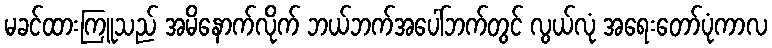
မခင်ထားကြူသည် အမိနောက်လိုက် ဘယ်ဘက်အပေါ်ဘက်တွင် လွယ်လုံ အရေးတော်ပုံကာလ